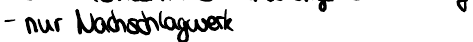
- nur Nachschlagwerk